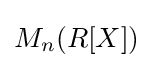
M_{n}(R[X])